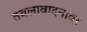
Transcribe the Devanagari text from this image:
तबलावादनावर